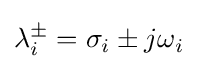
\lambda _{i}^{\pm }=\sigma _{i}\pm j\omega _{i}